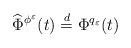
LaTeX: \begin{align*}\widehat \Phi^{\phi^\varepsilon}(t) \overset{ d} {= } \Phi^{q_\varepsilon}(t)\end{align*}